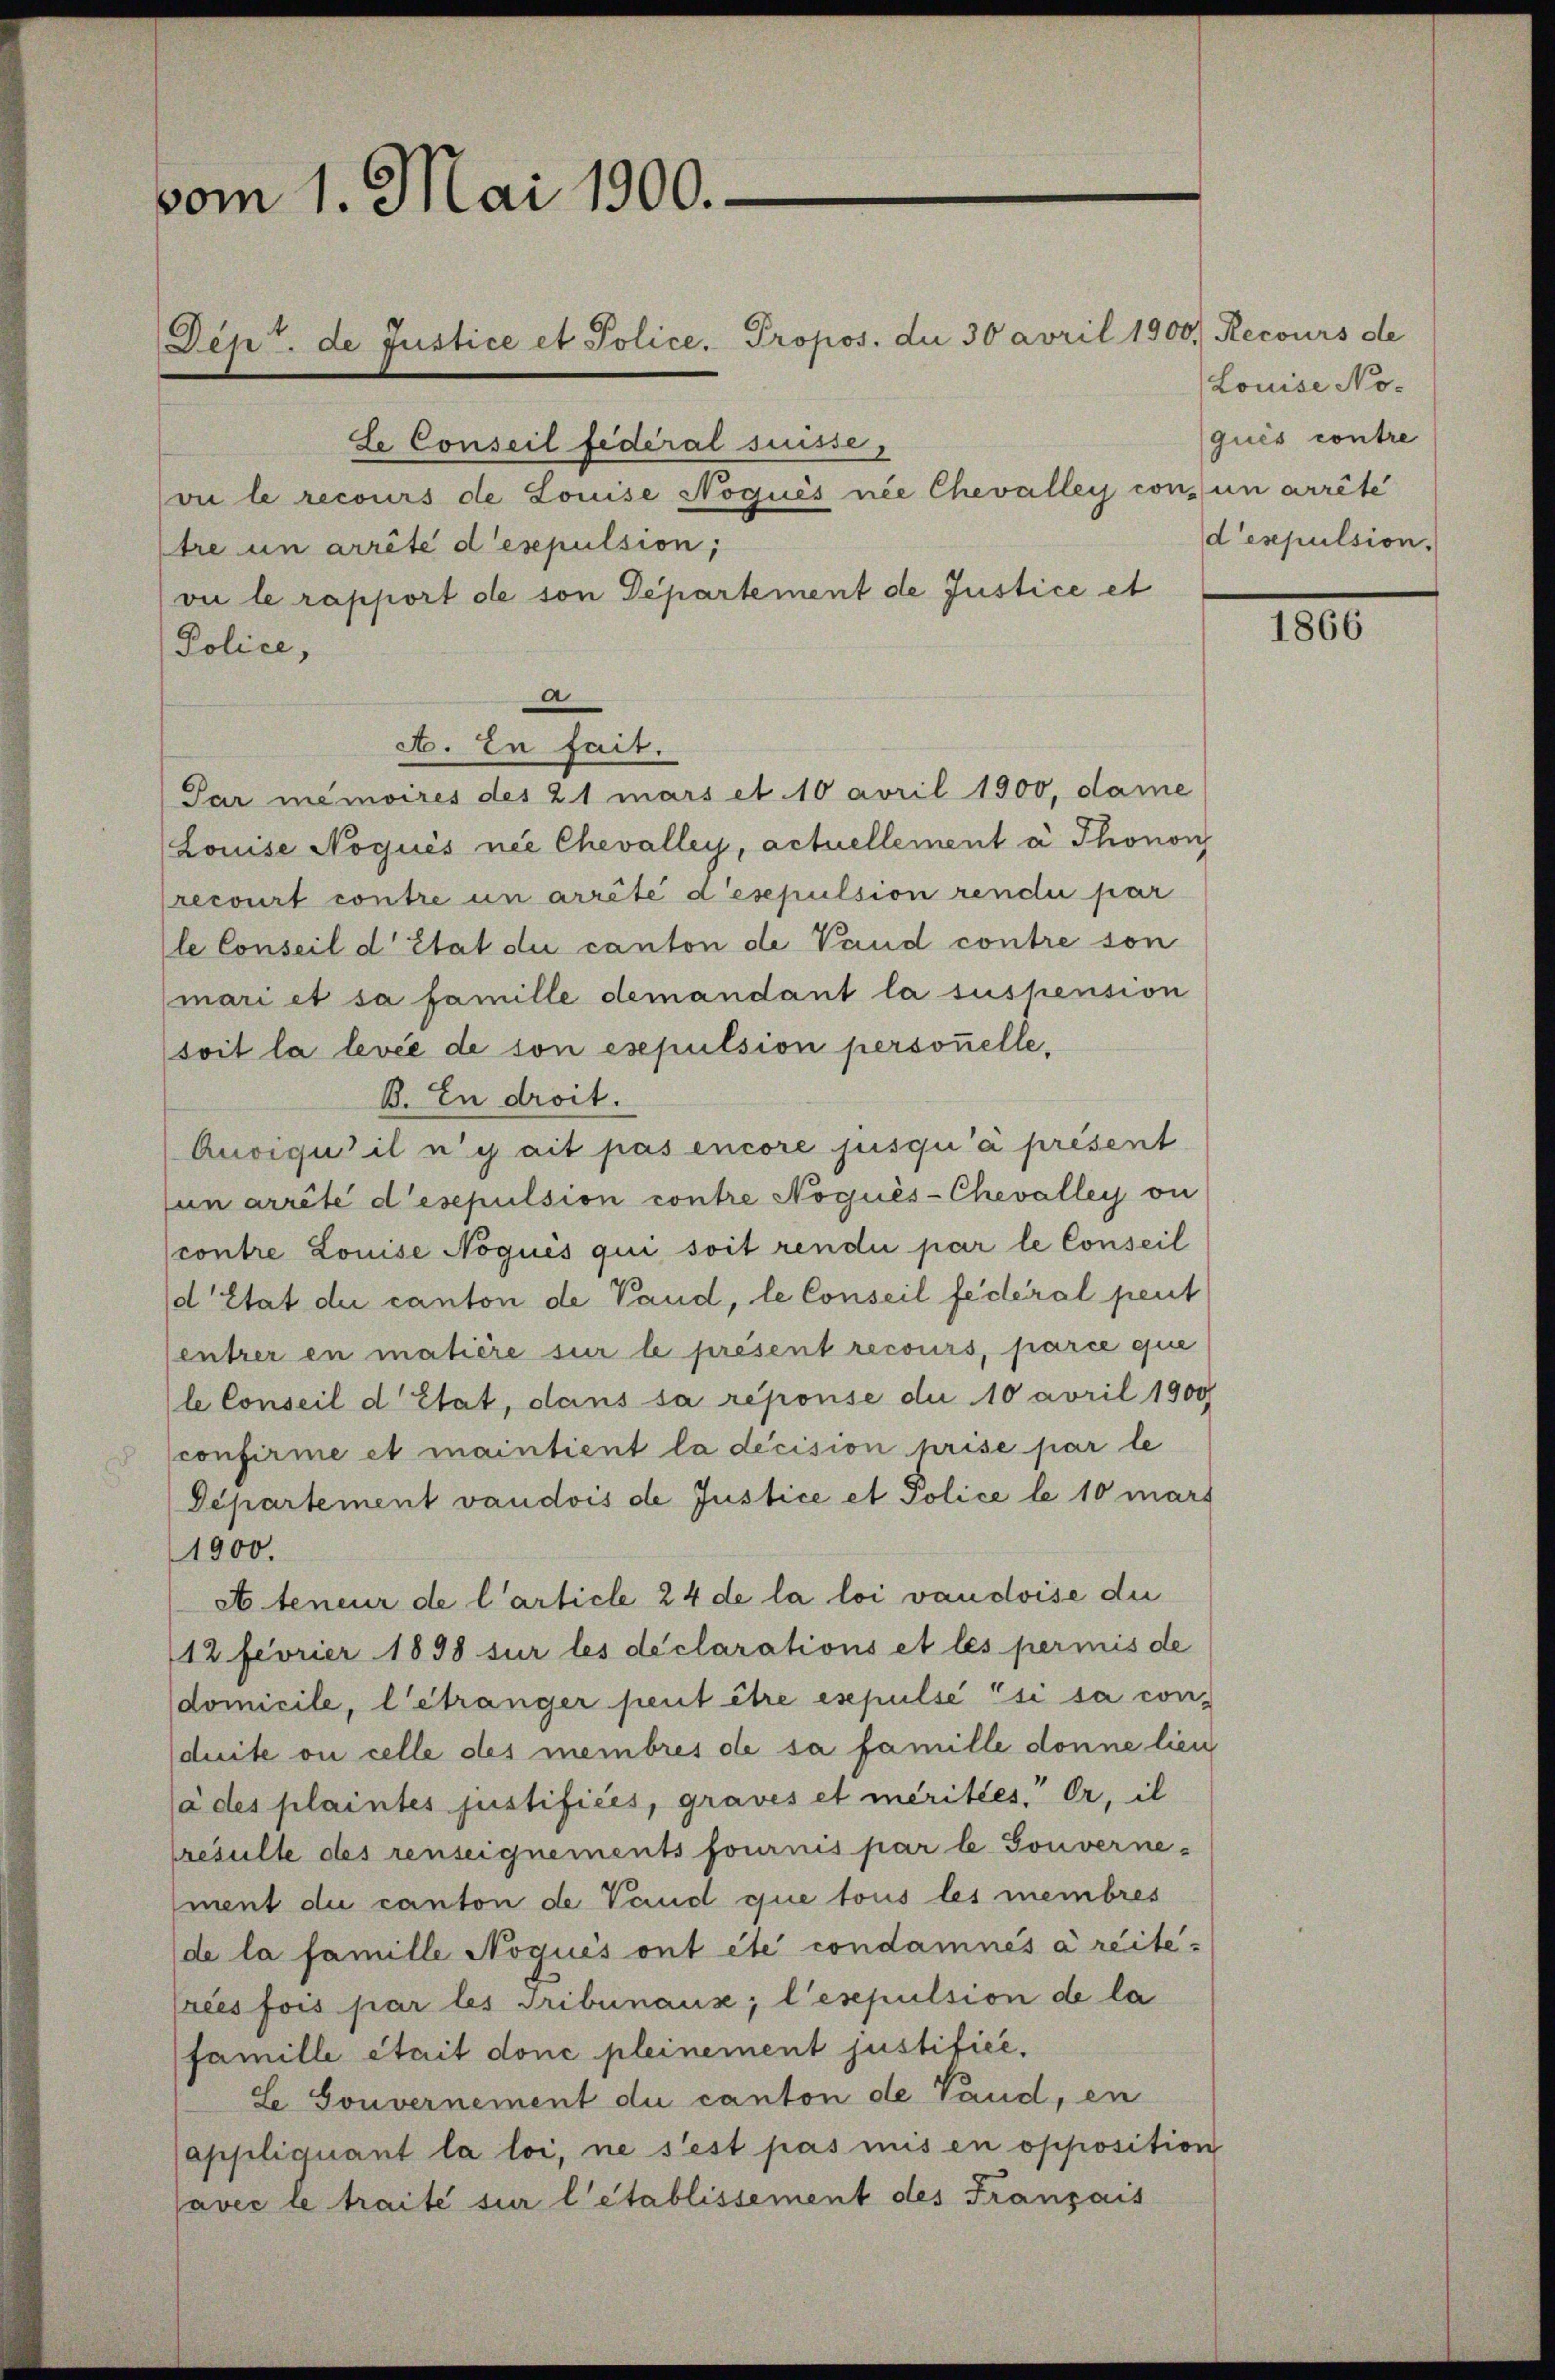
vom 1. Mai 1900.

Dept. de Justice et Police Propos. die 30 avril 1900. Recours de
Se Conseil fédéral suisse,
vi le recours de Louise Noqués nie Chevalley con un arrête
tre un arrêté d’espulsion,
(vu le rapport de son Departement de Justice et
Police,
Der
A. In fait.
Par memoires des 21 mars et 10 avril 1900, dame
(Louise Noqués nie Chevalley, actuellement à Thonon
recourt contre un arrêté d’esepulsion rendii par
le Conseil d’Etat die canton de Vaud contre son
mari et sa famille demandant la suspension
soit la levée de son esepulsion personelle,
B. In droit.
Quoiqu’il n’y ait pas encore jusqu’à présent
sun arrêté d’esepulsion contre Noqués-Chevalley on
contre Louise Noqués qui soit rendii par le Conseil
d’Etat dei canton de Vaud, le Conseil fédéral peut
entrer en matière sur le présent recours, parce que
le Conseil d’Etat, dans sa réponse du 10 avril 1900
confirme et maintient la decision prise par le
Departement vaudois de Justice et Police le 10 mars
1900.
et teneur de l’article 24 de la loi vaudoise die
112 feorier 1898 sur les déclarations et les permis de
domicile, l’étranger peut être espulse'si sa con-
duite ou celle des membres de sa famille donne lien
(à des plaintes justifices, graves et merittes. Er, il
tresulte des renseignements fournis par l. Gouverne-
ment du canton de Vaud que tous les membres
de la famille Noqués ont été condamnés a reite¬
Preis fois par les Tribunaus, l’esepulsion de la
famille était donc pleinement justifice.
Le Gouvernement du canton de Vaud, en
appliquant la loi, ne s’est pas mis en opposition
avec le traite sur l’établissement des Français

Louise Noqués contre
d’espulsion.

1866